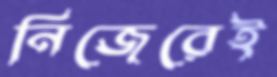
নিজেরেই